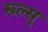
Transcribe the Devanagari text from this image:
रूल्स्